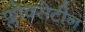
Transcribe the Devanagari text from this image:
फ्लोक्सेटीन